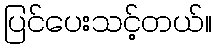
ပြင်ပေးသင့်တယ်။